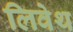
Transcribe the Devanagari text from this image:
लिवेथ